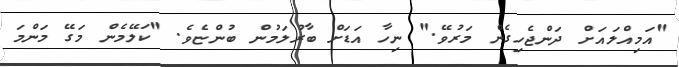
"އަމިއްލައަށް ދަންޖެހިގެން މަރުވޭ." ނިހާ އަޑަށް ބާރުލަމުން ބުންޏެވެ. "ކަލޭމެން މަގޭ މަންމަ